King Institute of Preventive Medicine Micro-Biological Section reports 1909-11
Year: 1909
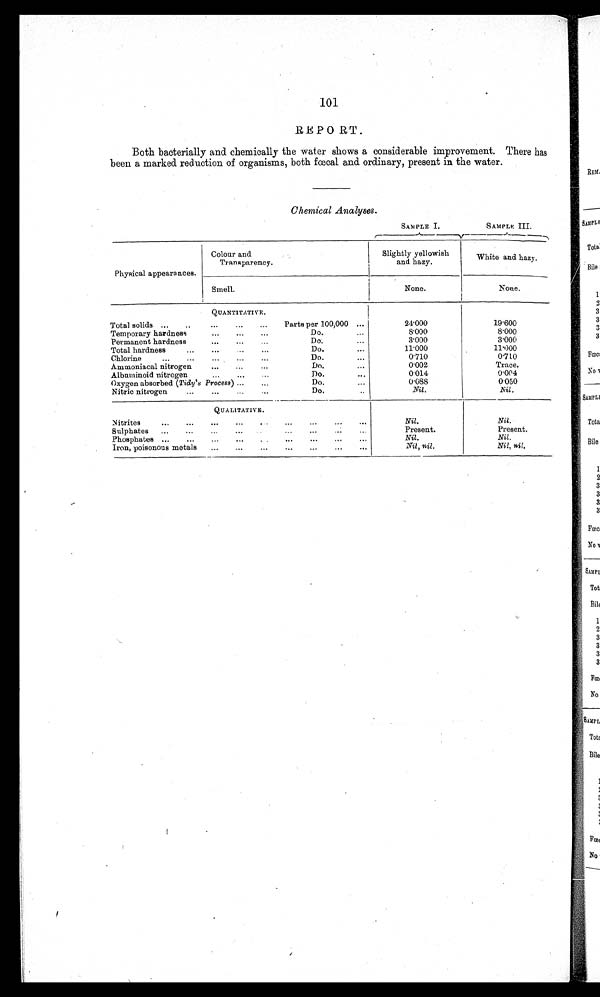
101
REPORT.
Both bacterially and chemically the water shows a considerable improvement. There has
been a marked reduction of organisms, both fœcal and ordinary, present in the water.
Chemical Analyses.
SAMPLE I.
SAMPLE III.
Physical appearances.
Colour and.
Transparency.
Slightly yellowish
and hazy.
White and hazy.
Smell.
None.
None.
QUANTITATIVE.
Total solids . . .
Parts per 100,000 . . .
24.000
19.600
Temporary hardness . . .
Do. . . .
8.000
8.000
Permanent hardness . . .
Do. . . .
3.000
3.000
Total hardness . . .
Do. . . .
11.000
11.000
Chlorine . . .
Do. . . .
0.710
0.710
Ammoniacal nitrogen . . .
Do. . . .
0.002
Trace.
Albuminoid nitrogen . . .
Do. . . .
0.014
0.004
Oxygen absorbed ( Tidy's Process) . . .
Do. . . .
0.088
0.050
Nitric nitrogen . . .
Do. . . .
Nil.
Nil.
QUALITATIVE.
Nil.
Nil.
S u l p h a t e s . . .
Present.
Present.
Phosphates . . .
Nil.
Nil.
Iron, poisonous metals . . .
Nil, nil.
Nil, nil.